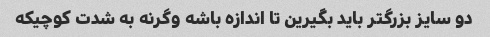
دو سایز بزرگتر باید بگیرین تا اندازه باشه وگرنه به شدت کوچیکه